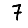
Digit: 7